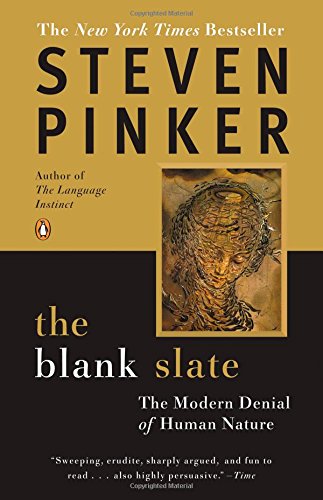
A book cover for The Blank Slate: The Modern Denial of Human Nature; Steven Pinker; Health, Fitness & Dieting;